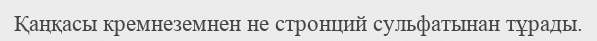
Қаңқасы кремнеземнен не стронций сульфатынан тұрады.